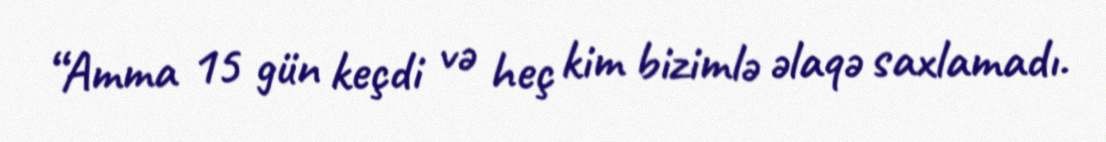
“Amma 15 gün keçdi və heç kim bizimlə əlaqə saxlamadı.